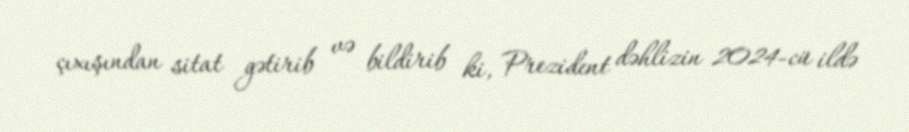
çıxışından sitat gətirib və bildirib ki, Prezident dəhlizin 2024-cü ildə